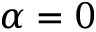
\alpha = 0